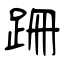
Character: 跚